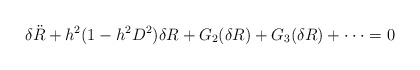
\begin{align*}\delta {\ddot R} + h^2(1-h^2D^2) \delta R + G_2(\delta R) + G_3(\delta R) + \cdot\cdot\cdot = 0\end{align*}